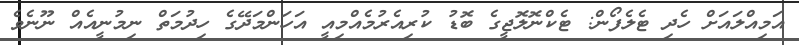
އަމިއްލައަށް ހެދި ޓެލެފޯން: ޓެކްނޮލޮޖީގެ ބޮޑު ކުރިއެރުމެއްމިއީ އަހަންމަދޭގެ ހިދުމަތް ނިމުނީއެއް ނޫނެވެ